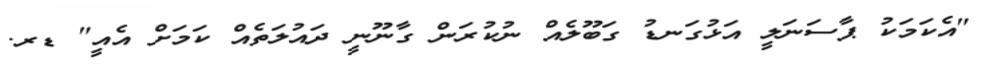
"އެކަމަކު ޕާސަނަލީ އަޅުގަނޑު ގަބޫލެއް ނުކުރަން ގާނޫނީ ދައުލަތެއް ކަމަށް އެއީ" ޑރ.